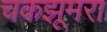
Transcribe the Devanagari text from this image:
चकझूमरा